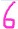
Text: 6